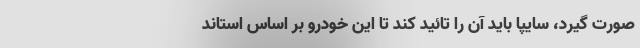
صورت گيرد، سايپا بايد آن را تائید کند تا اين خودرو بر اساس استاند